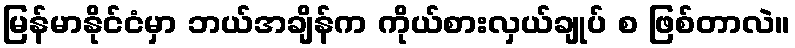
မြန်မာနိုင်ငံမှာ ဘယ်အချိန်က ကိုယ်စားလှယ်ချုပ် စ ဖြစ်တာလဲ။